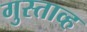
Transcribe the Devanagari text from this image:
गुस्ताव्ह